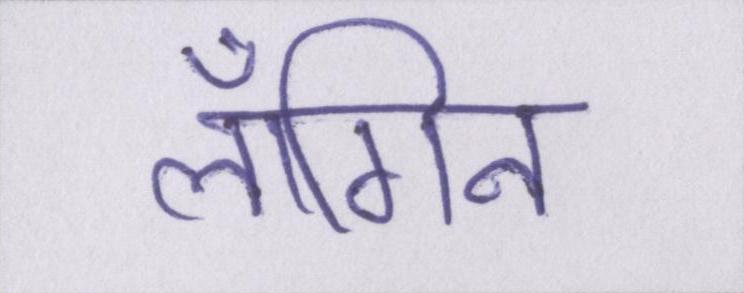
लॉगिन